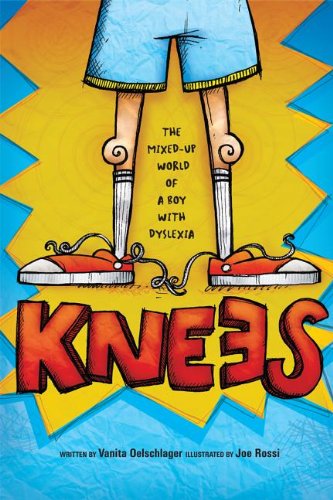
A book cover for Knees: The mixed up world of a boy with dyslexia; Vanita Oelschlager; Health, Fitness & Dieting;